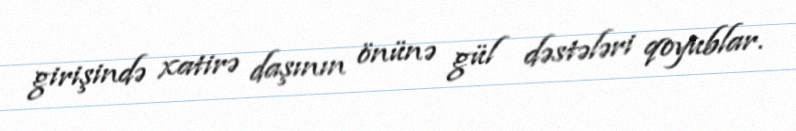
girişində xatirə daşının önünə gül dəstələri qoyublar.